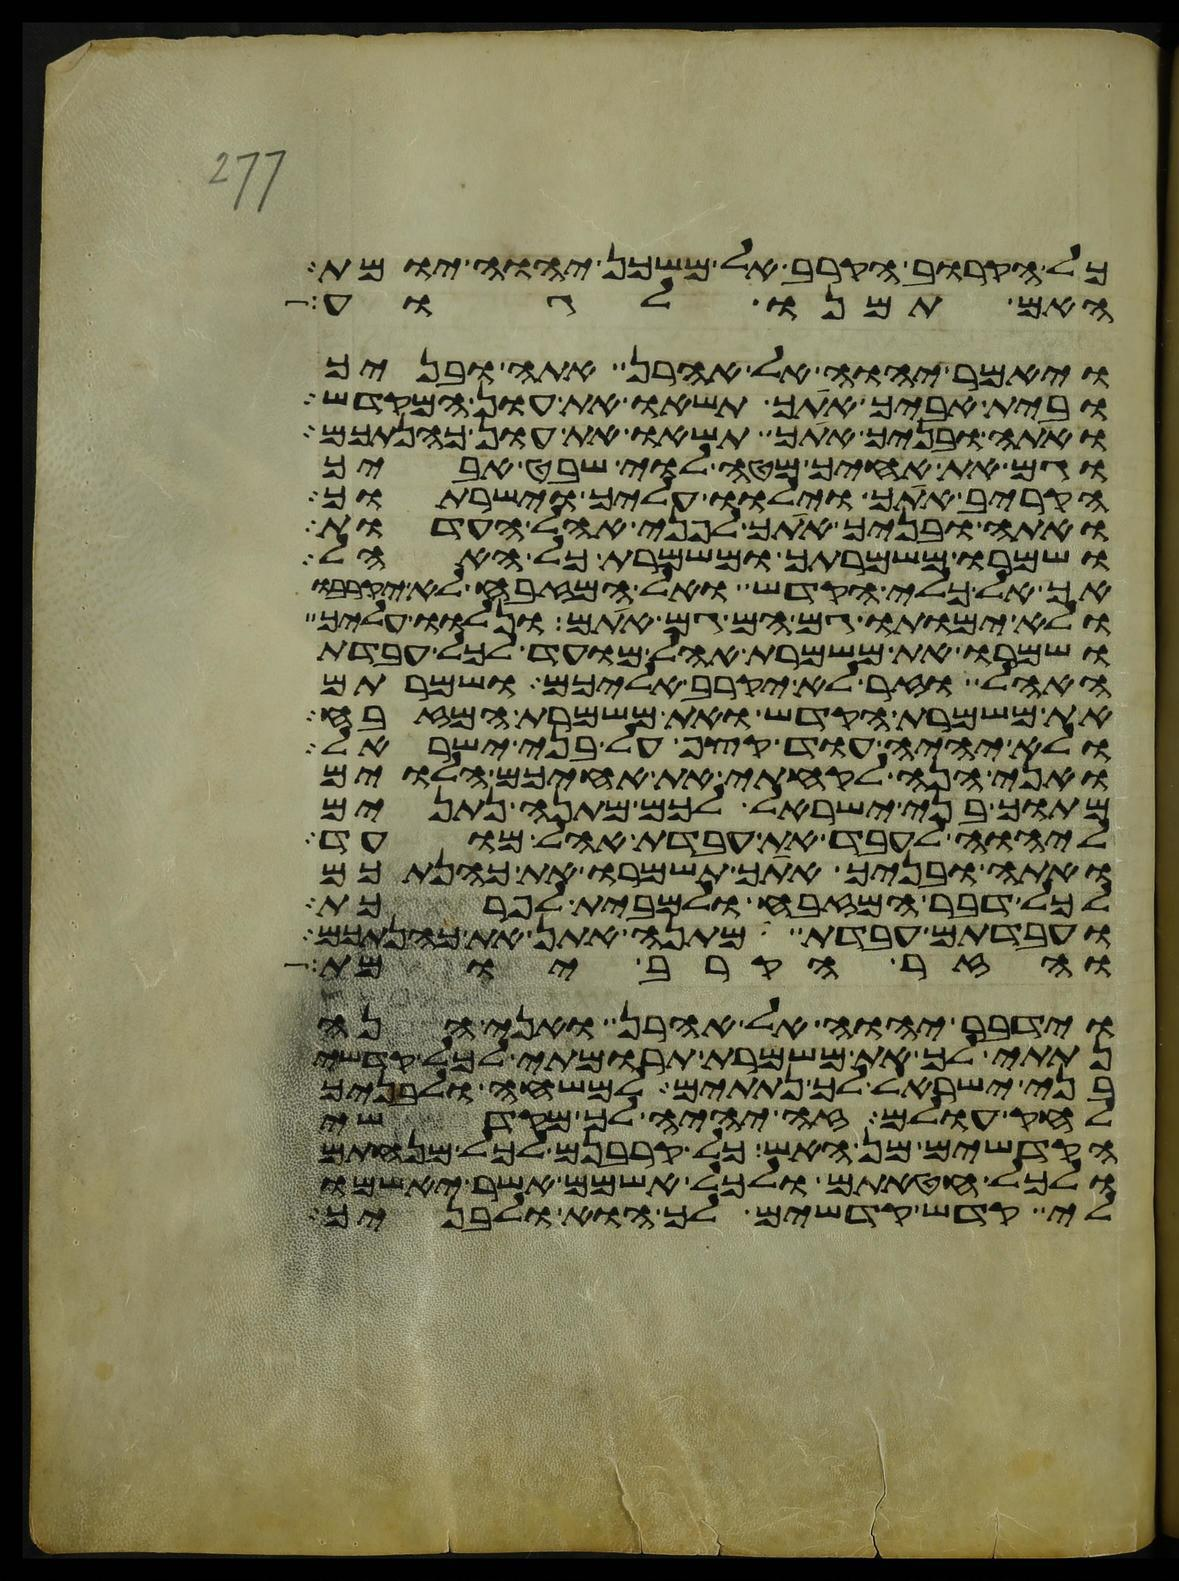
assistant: כל הקרוב הקרב אל משכן יהוה יומת
האם תמנו לגוע
ויאמר יהוה אל אהרן אתה ובניך
ובית אביך אתך תשאו את עון המקדש
ואתה ובניך אתך תשאו את עון כהנתכם
וגם את אחיך מטה לוי שבט אביך
הקריב אתך וילוו עליך וישרתוך
ואתה ובניך אתך לפני אהל העדות
ושמרו משמרתך ומשמרת כל האהל
אך אל כלי הקדש ואל המזבח לא יקרבו
ולא ימותו גם הם גם אתם ונלוו עליך
ושמרו את משמרת אהל מועד לכל עבדת
האהל וזר לא יקרב אליכם ושמרתם
את משמרת הקדש ואת משמרת המזבח
ולא יהיה עוד קצף על בני ישראל
ואני הנה לקחתי את אחיכם הלוים
מתוך בני ישראל לכם מתנה נתנים
ליהוה לעבד את עבדת אהל מועד
ואתה ובניך אתך תשמרו את כהנתכם
לכל דבר המזבח ולמבית לפרכת
ועבדתם עבדת מתנה אתן את כהנתכם
והזר הקרב יומת
וידבר יהוה אל אהרן ואני הנה
נתתי לך את משמרת תרומתי לכל קדשי
בני ישראל לך נתתים למשחה ולבניך
לחק עולם זה יהיה לך מקדשי
הקדשים מן האש כל קרבנם לכל מנחתם
ולכל חטאתם ולכל אשמם אשר יאשמו
לי קדש קדשים לך הוא ולבניך